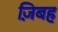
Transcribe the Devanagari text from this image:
ज़िबह